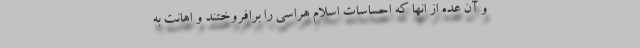
و آن عده از انها که احساسات اسلام هراسی را برافروختند و اهانت به